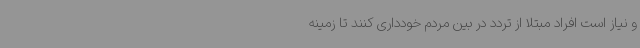
و نیاز است افراد مبتلا از تردد در بین مردم خودداری کنند تا زمینه